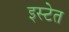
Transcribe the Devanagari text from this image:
इस्टेत